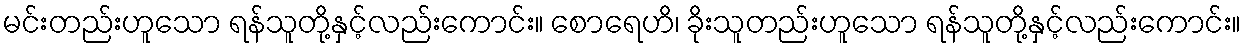
မင်းတည်းဟူသော ရန်သူတို့နှင့်လည်းကောင်း။ စောရေဟိ၊ ခိုးသူတည်းဟူသော ရန်သူတို့နှင့်လည်းကောင်း။